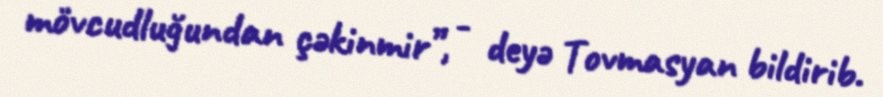
mövcudluğundan çəkinmir”, - deyə Tovmasyan bildirib.